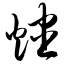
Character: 烬